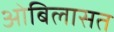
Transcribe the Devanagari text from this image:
ओबिलासत